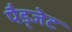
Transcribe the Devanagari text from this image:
पैड्जेट